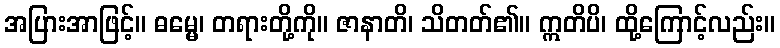
အပြားအာဖြင့်။ ဓမ္မေ၊ တရားတို့ကို။ ဇာနာတိ၊ သိတတ်၏။ ဣတိပိ၊ ထို့ကြောင့်လည်း။